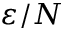
\varepsilon / N